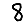
Digit: 8